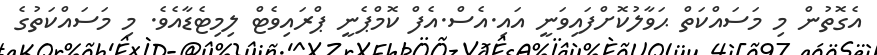
އެގޮތުން މި މަސައްކަތް ޙަވާލުކޮށްފައިވަނީ އައި.އެސް.އެފް ކޮމްޕެނީ ޕްރައިވެޓް ލިމިޓެޑާއެވެ. މި މަސައްކަތުގެ